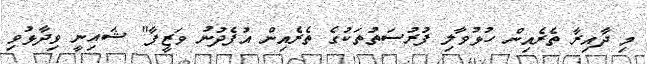
މި ދާއިރާ ތެރެއިން ހުޅުވާލި ފުރުސަތުތަކުގެ ތެރެއިން އުފެދުނު ވަޒީފާ" ޝައިނީ ވިދާޅުވި